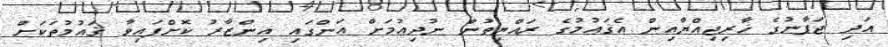
އަދި ޖަޕާނުގެ ޚާރިޖިއްޔާއިން އެޤައުމުގެ ރައްޔިތުން ނުދިއުމަށް އަންގައި އިންޒާރު ކޮށްފައިވާ ޤައުމުތަކަށް